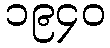
၁၉၄၀